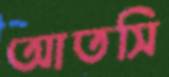
আতসি